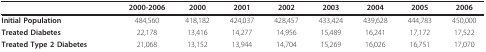
<table><thead><tr><td>[EMPTY_CELL]</td><td>[EMPTY_CELL]</td><td><b>2000-2006</b></td><td><b>2000</b></td><td><b>2001</b></td><td><b>2002</b></td><td><b>2003</b></td><td><b>2004</b></td><td><b>2005</b></td><td><b>2006</b></td></tr></thead><tbody><tr><td colspan="2"><b>Initial Population</b></td><td>484,560</td><td>418,182</td><td>424,037</td><td>428,457</td><td>433,424</td><td>439,628</td><td>444,783</td><td>450,000</td></tr><tr><td colspan="2"><b>Treated Diabetes</b></td><td>22,178</td><td>13,416</td><td>14,277</td><td>14,956</td><td>15,489</td><td>16,241</td><td>17,172</td><td>17,522</td></tr><tr><td colspan="2"><b>Treated Type 2 Diabetes</b></td><td>21,068</td><td>13,152</td><td>13,944</td><td>14,704</td><td>15,269</td><td>16,026</td><td>16,751</td><td>17,070</td></tr></tbody></table>